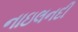
નાઇલનદી